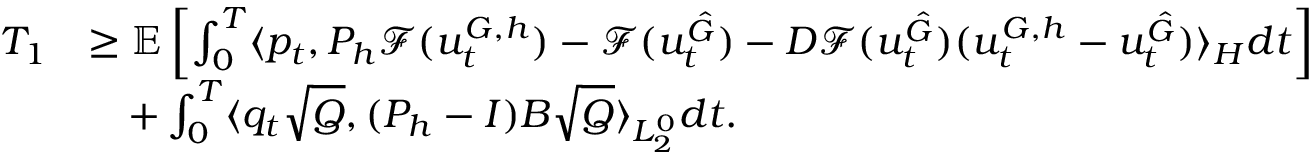
\begin{array} { r l } { T _ { 1 } } & { \ge \mathbb { E } \left[ \int _ { 0 } ^ { T } \langle p _ { t } , P _ { h } \mathcal { F } ( u _ { t } ^ { G , h } ) - \mathcal { F } ( u _ { t } ^ { \hat { G } } ) - D \mathcal { F } ( u _ { t } ^ { \hat { G } } ) ( u _ { t } ^ { G , h } - u _ { t } ^ { \hat { G } } ) \rangle _ { H } d t \right] } \\ & { \quad + \int _ { 0 } ^ { T } \langle q _ { t } \sqrt { Q } , ( P _ { h } - I ) B \sqrt { Q } \rangle _ { L _ { 2 } ^ { 0 } } d t . } \end{array}